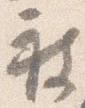
被